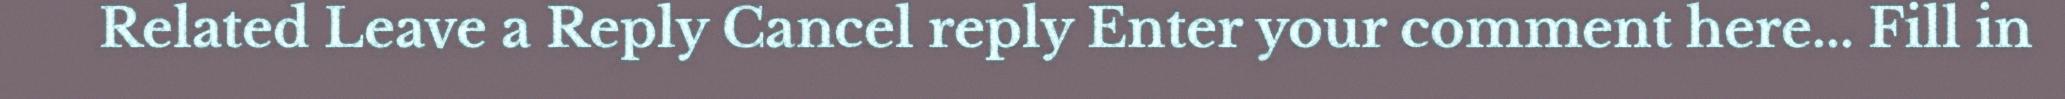
Related Leave a Reply Cancel reply Enter your comment here... Fill in